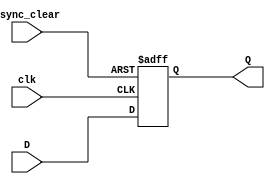
module DFF_Asynchronous_Clear (
    input D,
    input clk,
    input async_clear,
    output reg Q
);

always @(posedge clk or posedge async_clear) begin
    if (async_clear) begin
        Q <= 1'b0;
    end else begin
        Q <= D;
    end
end

endmodule